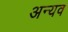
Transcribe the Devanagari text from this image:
अन्यव